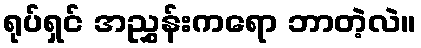
ရုပ်ရှင် အညွှန်းကရော ဘာတဲ့လဲ။